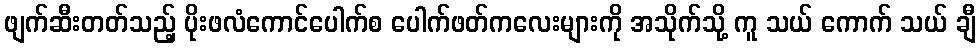
ဖျက်ဆီးတတ်သည့် ပိုးဖလံကောင်ပေါက်စ ပေါက်ဖတ်ကလေးများကို အသိုက်သို့ ကူ သယ် ကောက် သယ် ချီ